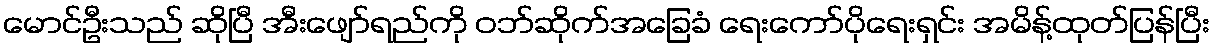
မောင်ဦးသည် ဆိုပြီ အီးဖျော်ရည်ကို ဝဘ်ဆိုက်အခြေခံ ရေးကော်ပိုရေးရှင်း အမိန့်ထုတ်ပြန်ပြီး